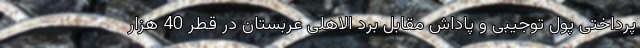
پرداختی پول توجیبی و پاداش مقابل برد الاهلی عربستان در قطر 40 هزار